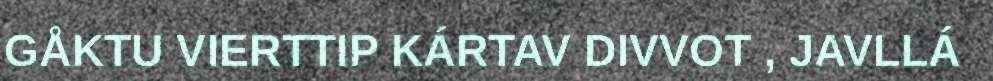
GÅKTU VIERTTIP KÁRTAV DIVVOT , JAVLLÁ